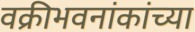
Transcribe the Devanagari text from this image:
वक्रीभवनांकांच्या